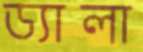
ড্যালা